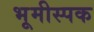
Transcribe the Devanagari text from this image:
भूमीस्पक